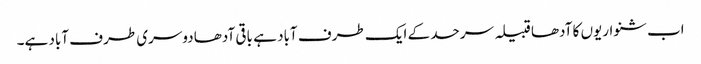
اب شنواریوں کا آدھا قبیلہ سرحد کے ایک طرف آباد ہے باقی آدھا دوسری طرف آباد ہے۔